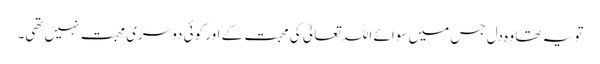
تو یہ تھا وہ دل جس میں سوائے اللہ تعالیٰ کی محبت کے اور کوئی دوسری محبت نہیں تھی۔